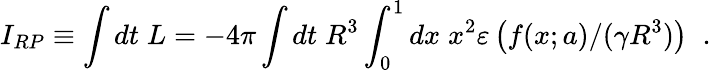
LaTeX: I_{RP}\equiv\int dt\; L=-4\pi\int dt\; R^{3}\int_{0}^{1}dx\; x^{2}\varepsilon\left(f(x;a)/(\gamma R^{3})\right)\; \; .